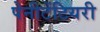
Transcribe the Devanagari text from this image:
पेनीटेंटियरी